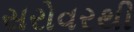
સરોવરથી